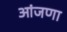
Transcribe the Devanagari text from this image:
आंजणा